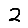
Digit: 2